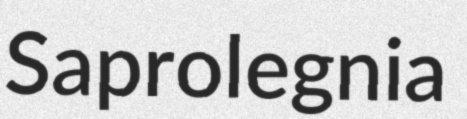
Saprolegnia